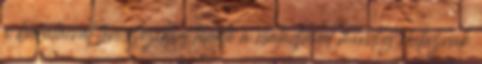
a barátaival teniszezik, s telente a családjával mindig elutaznak